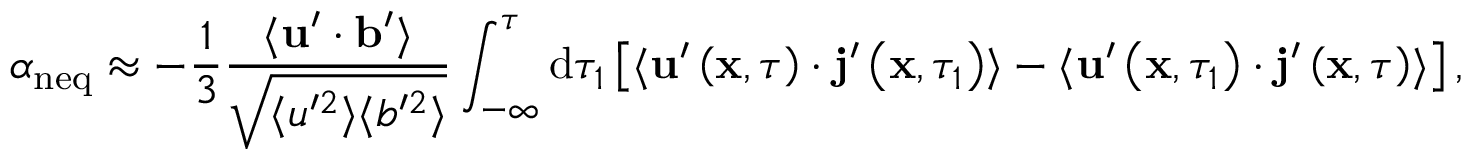
\alpha _ { \mathrm { n e q } } \approx - \frac { 1 } { 3 } \frac { \langle \mathbf { u } ^ { \prime } \cdot \mathbf { b } ^ { \prime } \rangle } { \sqrt { \langle u ^ { \prime 2 } \rangle \langle b ^ { \prime 2 } \rangle } } \int _ { - \infty } ^ { \tau } \mathrm { d } \tau _ { 1 } \left[ \langle \mathbf { u } ^ { \prime } \left( \mathbf { x } , \tau \right) \cdot \mathbf { j } ^ { \prime } \left( \mathbf { x } , \tau _ { 1 } \right) \rangle - \langle \mathbf { u } ^ { \prime } \left( \mathbf { x } , \tau _ { 1 } \right) \cdot \mathbf { j } ^ { \prime } \left( \mathbf { x } , \tau \right) \rangle \right] ,